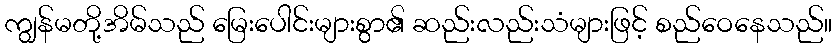
ကျွန်မတို့အိမ်သည် မြေးပေါင်းများစွာ၏ ဆည်းလည်းသံများဖြင့် စည်ဝေနေသည်။